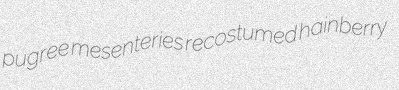
pugree mesenteries recostumed hainberry